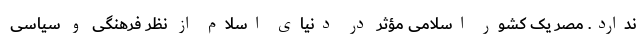
ندارد. مصر یک کشور اسلامی مؤثر در دنیای اسلام از نظر فرهنگی و سیاسی